NAE_kihelkonnakohtute_kirjad_ja_protokollid_1869-1889, lk 7
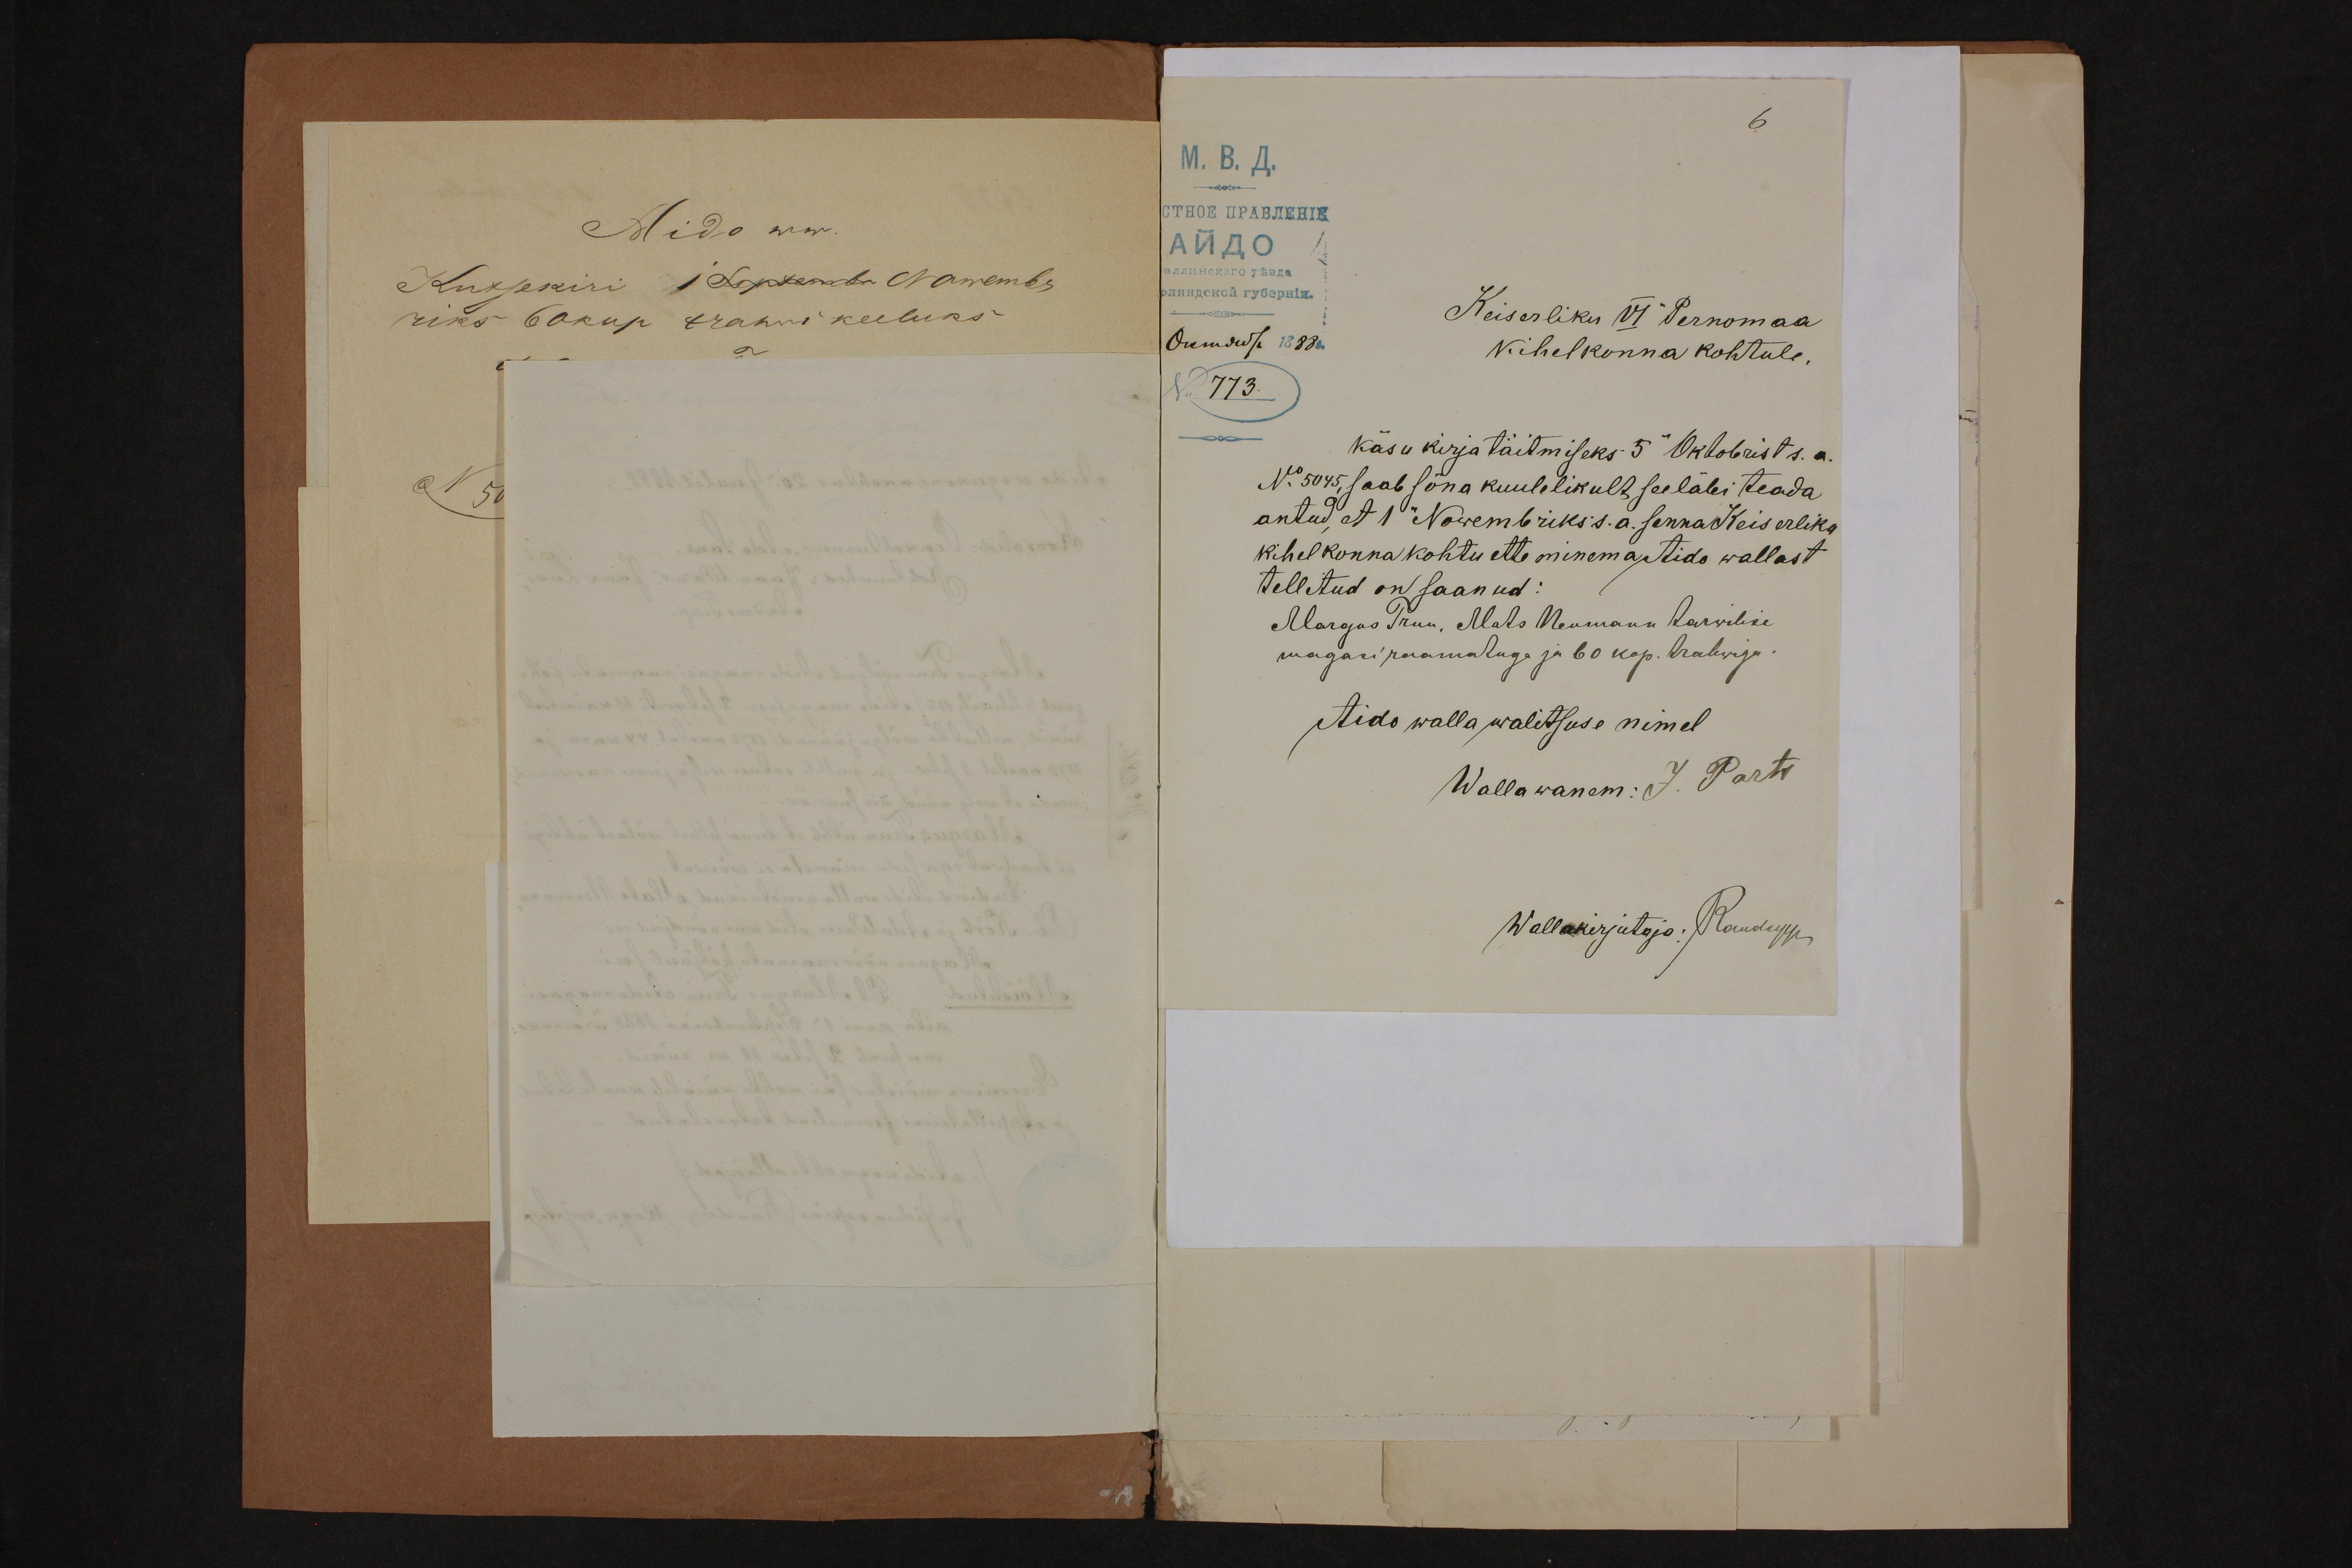
Keiserliku VI Pernomaa
kihelkonna kohtule.
käsu kirjatäitmileks 5" Oktobrist s.a.
No5045 saab sõna kuulelikult seeläbi teada
antud, et 1 Nowembriks s.a. senna Keiserliku
kihelkonna kohtu ette minema Aido wallast
tellitud on saanud:
Margus Truu. Mats Neumann tarwilise
magasiraamatuga ja 60 kop. trahviga.
Aido walla walitsuse nimel
Wallawanem: J. Parts
Wallakirjutaja: Raudsepp